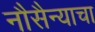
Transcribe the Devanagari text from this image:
नौसैन्याचा